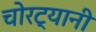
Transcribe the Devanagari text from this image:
चोरट्यानी